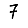
Digit: 7